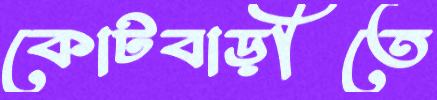
কোটবাড়ীতে